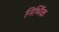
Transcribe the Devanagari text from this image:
निर्भिक